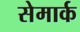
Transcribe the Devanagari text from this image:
सेमार्क